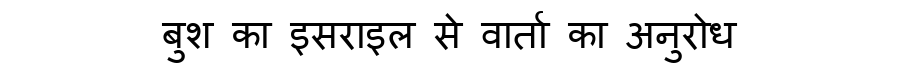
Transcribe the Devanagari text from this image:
बुश का इसराइल से वार्ता का अनुरोध